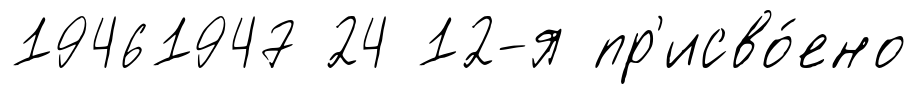
19461947 24 12-я пр'исво́ено